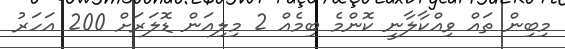
މިބިން ތައް ވިއްކާލާނީ ކޮންމެ ބިމެއް 2 މިލިއަން ޑޮލަރަށް 200 އަހަރު